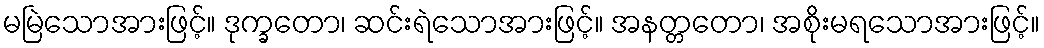
မမြဲသောအားဖြင့်။ ဒုက္ခတော၊ ဆင်းရဲသောအားဖြင့်။ အနတ္တတော၊ အစိုးမရသောအားဖြင့်။